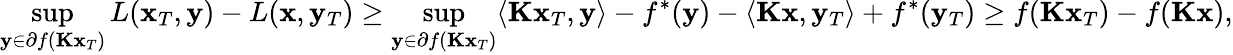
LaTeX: \operatorname*{sup}_{\mathbf{y}\in\partial f(\mathbf{K}\mathbf{x}_{T})}L(\mathbf{x}_{T},\mathbf{y})-L(\mathbf{x},\mathbf{y}_{T})\ge\operatorname*{sup}_{\mathbf{y}\in\partial f(\mathbf{K}\mathbf{x}_{T})}\langle\mathbf{K}\mathbf{x}_{T},\mathbf{y}\rangle-f^{\ast}(\mathbf{y})-\langle\mathbf{K}\mathbf{x},\mathbf{y}_{T}\rangle+f^{\ast}(\mathbf{y}_{T})\ge f(\mathbf{K}\mathbf{x}_{T})-f(\mathbf{K}\mathbf{x}),